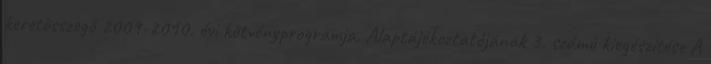
keretösszegő 2009-2010. évi kötvényprogramja. Alaptájékoztatójának 3. számú kiegészítése A